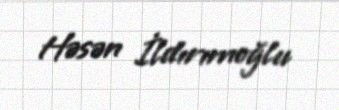
Həsən İldırımoğlu